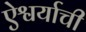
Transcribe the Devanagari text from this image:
ऐश्वर्याची